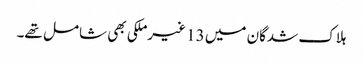
ہلاک شدگان میں 13 غیرملکی بھی شامل تھے۔